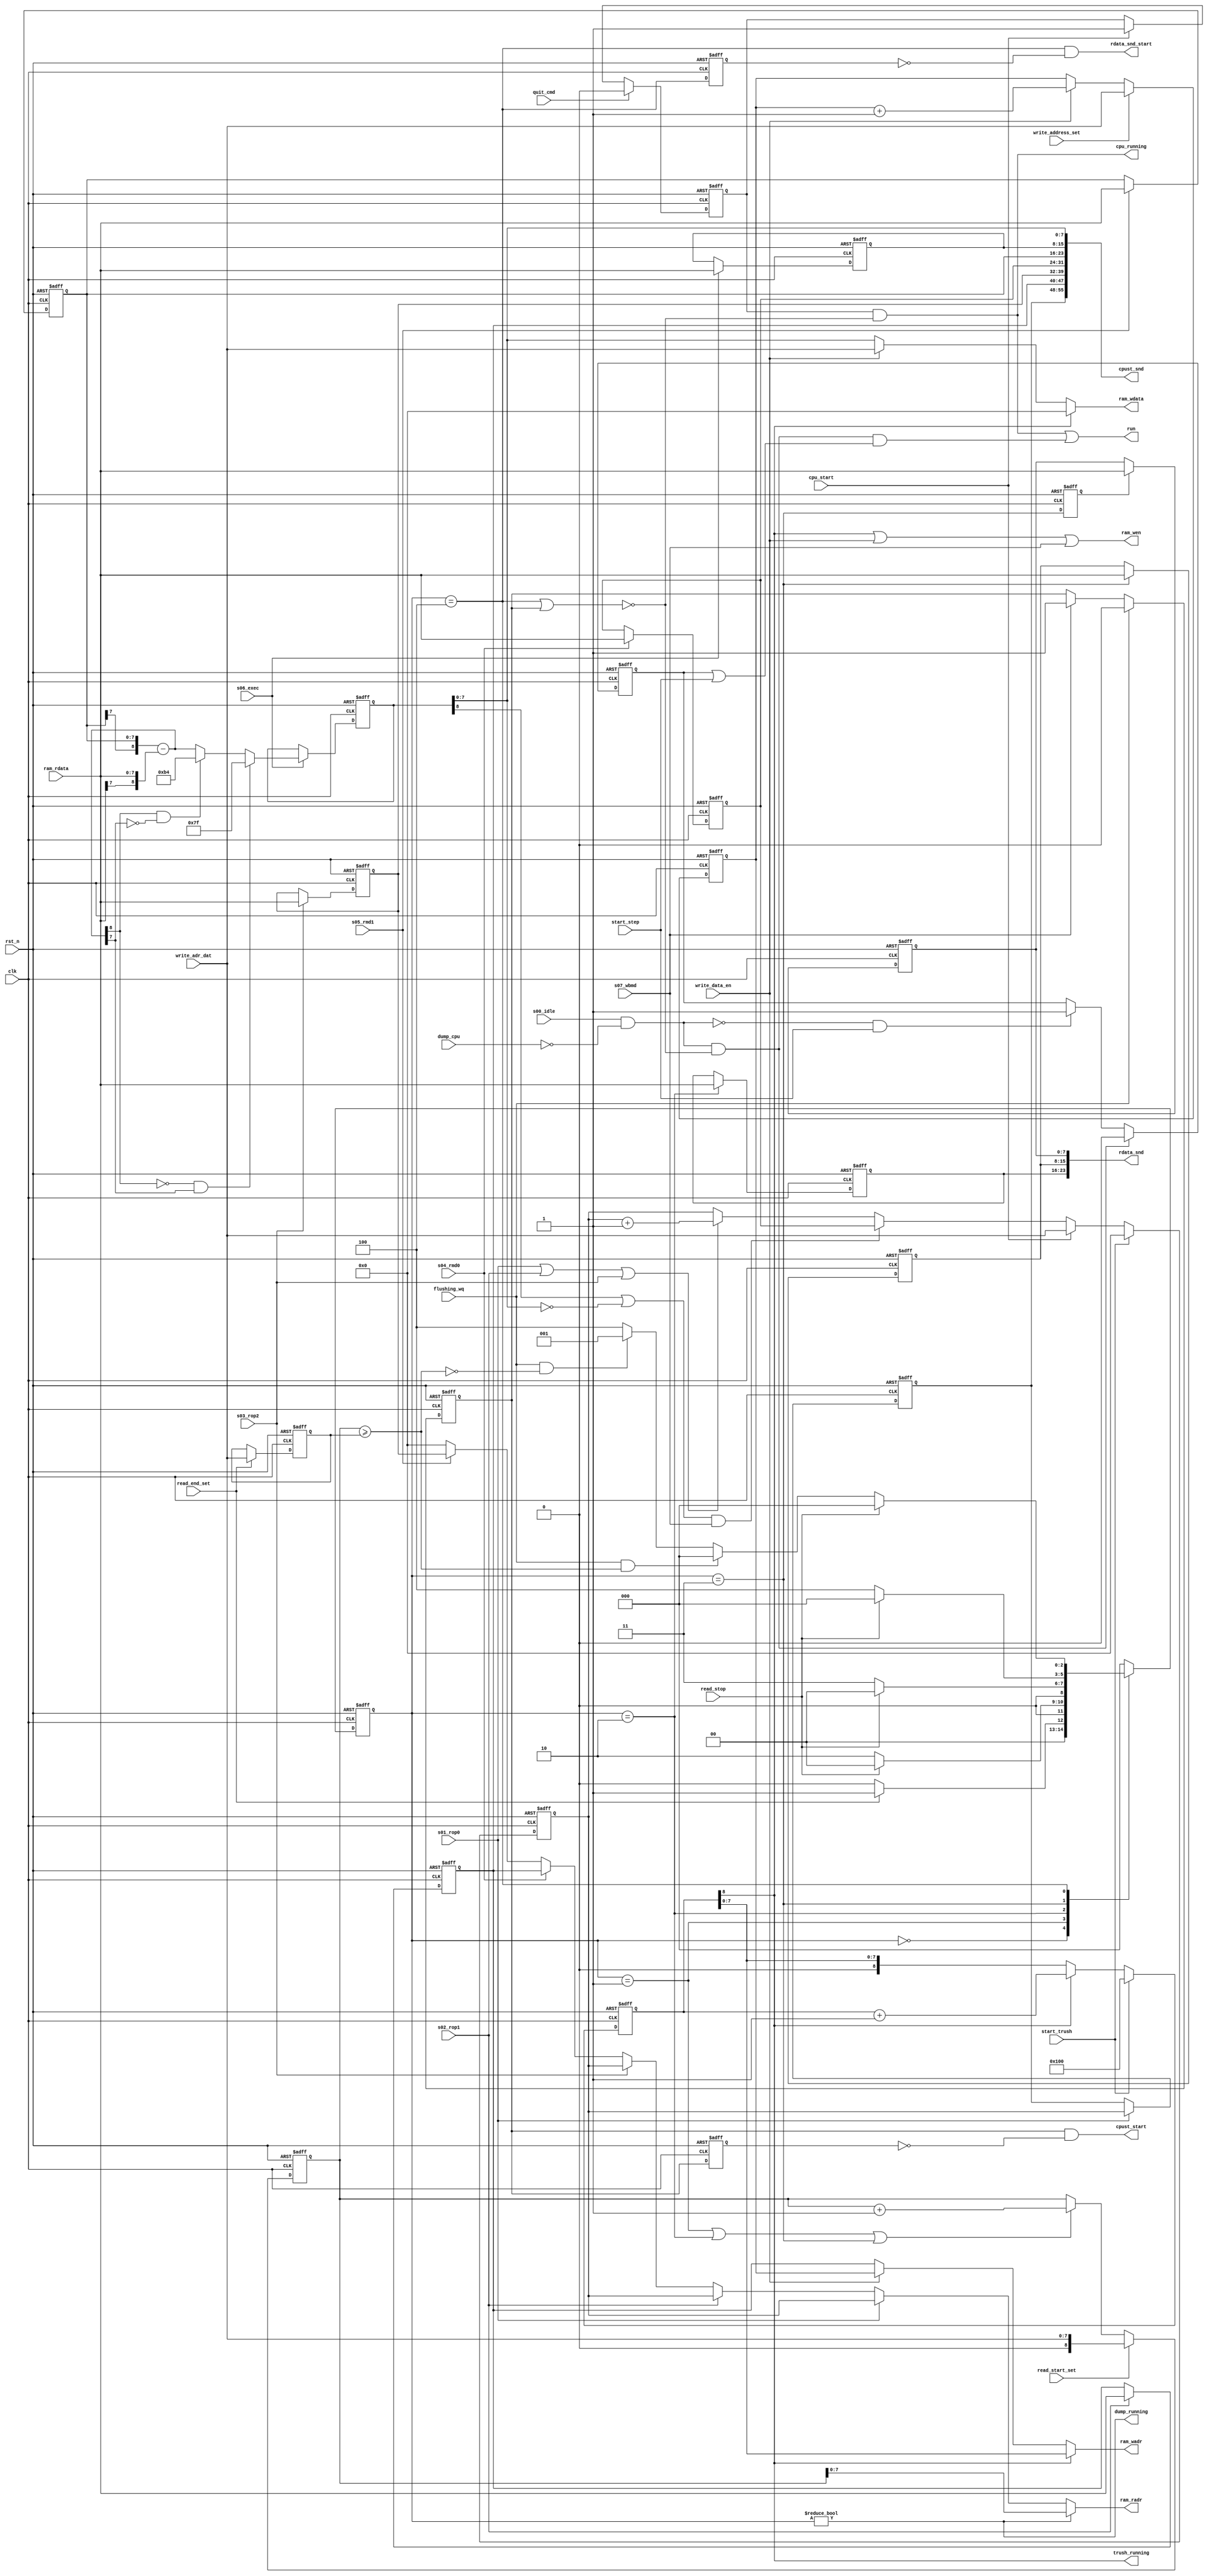
/*
 * SUBLEQ CPU Sample
 *   SUBLEQ Register & Execution Module
 *    Verilog code
 * @auther		Yoshiki Kurokawa <yoshiki.k963@gmail.com>
 * @copylight	2020 Yoshiki Kurokawa
 * @license		https://opensource.org/licenses/MIT     MIT license
 * @version		0.1
 */

module subleq_regs_exec(
	input clk,
	input rst_n,
	input s00_idle,  // idle status
	input s01_rop0,  // read operand 0
	input s02_rop1,  // read operand 1
	input s03_rop2,  // read operand 2
	input s04_rmd0,  // read memory data 0
	input s05_rmd1,  // read memory data 1
	input s06_exec,  // execute substruction
	input s07_wbmd,  // write back memory data
	output run,
	output [7:0] ram_radr,
	input [7:0] ram_rdata,
	output [7:0] ram_wadr,
	output [7:0] ram_wdata,
	output ram_wen,
	// from controller
	input [7:0] write_adr_dat,
	input cpu_start,
	input write_address_set,
	input write_data_en,
	input read_start_set,
	input read_end_set,
	input read_stop,
	output rdata_snd_start,
	output [23:0] rdata_snd,
	input flushing_wq,
	output dump_running,
	input start_trush,
	output trush_running,
	input start_step,
	output wire cpu_running,
	input quit_cmd,
	input dump_cpu,
	output cpust_start,
	output [55:0] cpust_snd

	);

// PC

reg [7:0] pc;
wire inc_pc;
wire ld_pc;
wire [7:0] ld_value_pc;

always @ (posedge clk or negedge rst_n) begin
	if (~rst_n)
		pc <= 8'd0;
	else if (start_trush)
		pc <= 8'd0;
	else if (cpu_start)
		pc <= write_adr_dat;
	else if (ld_pc)
		pc <= ld_value_pc;
	else if (inc_pc)
		pc <= pc + 8'd1;
end

// index registers

reg [7:0] idx0;
reg [7:0] idx1;

always @ (posedge clk or negedge rst_n) begin
	if (~rst_n)
		idx0 <= 8'd0;
	else if (s02_rop1)
		idx0 <= ram_rdata;
end

always @ (posedge clk or negedge rst_n) begin
	if (~rst_n)
		idx1 <= 8'd0;
	else if (s03_rop2)
		idx1 <= ram_rdata;
end

// jump address register

reg [7:0] jmpa;

always @ (posedge clk or negedge rst_n) begin
	if (~rst_n)
		jmpa <= 8'd0;
	else if (s04_rmd0)
		jmpa <= ram_rdata;
end

// data register

reg [7:0] data0;
wire [7:0] data1; // using output of memory to reduce status. It could be critical path.

always @ (posedge clk or negedge rst_n) begin
	if (~rst_n)
		data0 <= 8'd0;
	else if (s05_rmd1)
		data0 <= ram_rdata;
end

assign data1 = ram_rdata;

// executor

wire [8:0] sub;
wire [8:0] pre_accm;
reg [8:0] accm;

assign sub = { data0[7], data0 } - { data1[7], data1 };
assign pre_accm = ((sub[8] == 0)&&(sub[7] == 1)) ? 9'h07f :
                  ((sub[8] == 1)&&(sub[7] == 0)) ? 9'd180 : sub;

always @ (posedge clk or negedge rst_n) begin
	if (~rst_n)
		accm <= 9'd0;
	else if (s06_exec)
		accm <= pre_accm;
end

// read address selector
reg [8:0] cmd_read_adr;

assign ram_radr = dump_running ? cmd_read_adr :
				  s01_rop0 ? pc :
                  s02_rop1 ? pc :
				  s03_rop2 ? pc :
				  s04_rmd0 ? idx0 :
				  s05_rmd1 ? idx1 : 8'd0;

// write signals
reg [7:0] cmd_wadr_cntr;
wire [7:0] trush_adr;

assign ram_wadr = trush_running ? trush_adr :
                  write_data_en ? cmd_wadr_cntr : idx0;
assign ram_wdata = trush_running ? 8'd0 :
                   write_data_en ? write_adr_dat : accm[7:0];
assign ram_wen = trush_running | write_data_en | s07_wbmd;

// pc jump selector and control logics

assign ld_value_pc = jmpa;
assign ld_pc = ((accm[8] == 1)|(accm[7:0] == 8'd0)) & s07_wbmd;
assign inc_pc = s01_rop0 | s02_rop1 | s03_rop2;

//
// control logics
// CPU running state

reg cpu_run_state;
reg step_reserve;
reg cupst_snd_wait;
wire rdata_snd_wait;

always @ (posedge clk or negedge rst_n) begin
	if (~rst_n)
		cpu_run_state <= 1'b0;
	else if (quit_cmd)
		cpu_run_state <= 1'b0;	
	else if (cpu_start)
		cpu_run_state <= 1'b1;
end

assign cpu_running = cpu_run_state & ~(rdata_snd_wait | cupst_snd_wait);

wire step_idle_nodump = s00_idle & ~dump_cpu;
wire step_start_cond = step_idle_nodump & ~(rdata_snd_wait | cupst_snd_wait);

always @ (posedge clk or negedge rst_n) begin
	if (~rst_n)
		step_reserve <= 1'b0;
	else if (step_start_cond)
		step_reserve <= 1'b0;	
	else if (~step_idle_nodump & start_step)
		step_reserve <= 1'b1;
end

wire step_run = step_start_cond & (step_reserve | start_step);

// sequencer start signal
assign run = cpu_running | step_run;

// write data address 
always @ (posedge clk or negedge rst_n) begin
	if (~rst_n)
		cmd_wadr_cntr <= 8'd0;
	else if (write_address_set)
		cmd_wadr_cntr <= write_adr_dat;
	else if (write_data_en)
		cmd_wadr_cntr <= cmd_wadr_cntr + 8'd1;
end

// read data address
reg [7:0] cmd_read_end;
wire dump_end;
wire radr_cntup;

always @ (posedge clk or negedge rst_n) begin
	if (~rst_n)
		cmd_read_adr <= 9'd0;
	else if (read_start_set)
		cmd_read_adr <= write_adr_dat;
	else if (radr_cntup)
		cmd_read_adr <= cmd_read_adr + 9'd1;
end

always @ (posedge clk or negedge rst_n) begin
	if (~rst_n)
		cmd_read_end <= 8'd0;
	else if (read_end_set)
		cmd_read_end <= write_adr_dat;
end

assign dump_end = (cmd_read_adr >= { 1'b0, cmd_read_end });

`define D_IDLE 3'd0
`define D_1STR 3'd1
`define D_2NDR 3'd2
`define D_3RDR 3'd3
`define D_WAIT 3'd4

reg [2:0] status_dump;
wire [2:0] next_status_dump;

function [2:0] dump_status;
input [2:0] status_dump;
input read_end_set;
input read_stop;
input flushing_wq;
input dump_end;
begin
	case(status_dump)
		`D_IDLE :
			if (read_end_set)
				dump_status = `D_1STR;
			else
				dump_status = `D_IDLE;
		`D_1STR :
			if (read_stop)
				dump_status = `D_IDLE;
			else
				dump_status = `D_2NDR;
		`D_2NDR :
			if (read_stop)
				dump_status = `D_IDLE;
			else
				dump_status = `D_3RDR;
		`D_3RDR :
			if (read_stop)
				dump_status = `D_IDLE;
			else
				dump_status = `D_WAIT;
		`D_WAIT :
			if (read_stop)
				dump_status = `D_IDLE;
			else if (flushing_wq & dump_end)
				dump_status = `D_IDLE;
			else if (flushing_wq & ~dump_end)
				dump_status = `D_1STR;
			else
				dump_status = `D_WAIT;
		default : dump_status = `D_IDLE;
	endcase
end
endfunction

assign next_status_dump = dump_status(
							status_dump,
							read_end_set,
							read_stop,
							flushing_wq,
							dump_end);

always @ (posedge clk or negedge rst_n) begin
	if (~rst_n)
		status_dump <= 3'd0;
	else
		status_dump <= next_status_dump;
end

assign radr_cntup = (status_dump == `D_1STR)|(status_dump == `D_2NDR)|(status_dump == `D_3RDR);
assign dump_running = (status_dump != `D_IDLE);
assign rdata_snd_wait = (status_dump == `D_WAIT);
wire en_1st_data = (status_dump == `D_2NDR);
wire en_2nd_data = (status_dump == `D_3RDR);
reg en_3rd_data;
reg [7:0] data_1st;
reg [7:0] data_2nd;
reg [7:0] data_3rd;

always @ (posedge clk or negedge rst_n) begin
	if (~rst_n)
		en_3rd_data <= 1'b0;
	else
		en_3rd_data <= en_2nd_data;
end

always @ (posedge clk or negedge rst_n) begin
	if (~rst_n)
		data_1st <= 8'd0;
	else if (en_1st_data)
		data_1st <= ram_rdata;
end

always @ (posedge clk or negedge rst_n) begin
	if (~rst_n)
		data_2nd <= 8'd0;
	else if (en_2nd_data)
		data_2nd <= ram_rdata;
end

always @ (posedge clk or negedge rst_n) begin
	if (~rst_n)
		data_3rd <= 8'd0;
	else if (en_3rd_data)
		data_3rd <= ram_rdata;
end

assign rdata_snd = { data_1st, data_2nd, data_3rd };

// trashing memory data
reg [8:0] trash_cntr;

always @ (posedge clk or negedge rst_n) begin
	if (~rst_n)
		trash_cntr <= 9'd0;
	else if (start_trush)
		trash_cntr <= 9'h100;
	else if (trash_cntr[8])
		trash_cntr <= trash_cntr + 9'd1;
end

assign trush_adr = trash_cntr[7:0];
assign trush_running = trash_cntr[8];

// send CPU status to UART i/f
reg [7:0] sample_pc;
reg [7:0] sample_data1;

always @ (posedge clk or negedge rst_n) begin
	if (~rst_n)
		sample_pc <= 8'd0;
	else if (s01_rop0)
		sample_pc <= pc;
end

always @ (posedge clk or negedge rst_n) begin
	if (~rst_n)
		sample_data1 <= 8'd0;
	else if (s06_exec)
		sample_data1 <= data1;
end

assign cpust_snd = {  sample_pc, idx0, idx1, jmpa, data0, sample_data1, accm[7:0] } ;


always @ (posedge clk or negedge rst_n) begin
	if (~rst_n)
		cupst_snd_wait <= 1'b0;
	else if (flushing_wq)
		cupst_snd_wait <= 1'b0;
	else if (s07_wbmd)
		cupst_snd_wait <= 1'b1;
end

reg cpust_snd_wait_dly;

always @ (posedge clk or negedge rst_n) begin
	if (~rst_n)
		cpust_snd_wait_dly <= 1'b0;
	else
		cpust_snd_wait_dly <= cupst_snd_wait;
end

assign cpust_start = cupst_snd_wait & ~cpust_snd_wait_dly;

reg rdata_snd_wait_dly;

always @ (posedge clk or negedge rst_n) begin
	if (~rst_n)
		rdata_snd_wait_dly <= 1'b0;
	else
		rdata_snd_wait_dly <= rdata_snd_wait;
end

assign rdata_snd_start = rdata_snd_wait & ~rdata_snd_wait_dly;


endmodule